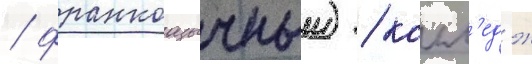
/ франкоазычныи) / колл'едж